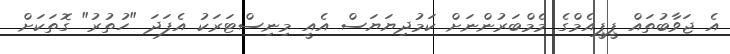
އެ ޖަވާބުތައް ޕީޕީއެމްގެ މެމްބަރުންނަށް ކަމުދިޔަޔަސް އެއީ މިނިސްޓަރަކު އެފަދަ "ހުތުރު" ގޮތަކަށް